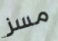
مسز